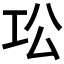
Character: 𫶫